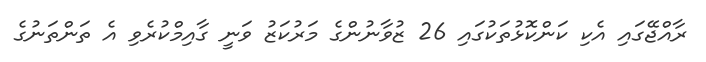
ރާއްޖޭގައި އެކި ކަންކޮޅުތަކުގައި 26 ޒުވާނުންގެ މަރުކަޒު ވަނީ ގާއިމްކުރެވި އެ ތަންތަނުގެ